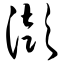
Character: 澎